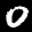
Label: 0